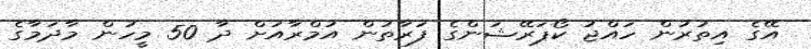
އޭގެ އިތުރުން ހައްޖު ކޯޕަރޭޝަންގެ ފަރާތުން އުމްރާއަށް ދާ 50 މީހުން މާދަމާގެ